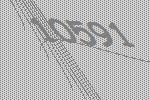
10591